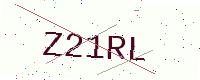
Text: Z21RL